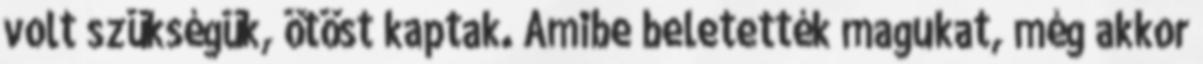
volt szükségük, ötöst kaptak. Amibe beletették magukat, még akkor